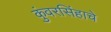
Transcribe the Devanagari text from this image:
कुंवरसिंहाचे